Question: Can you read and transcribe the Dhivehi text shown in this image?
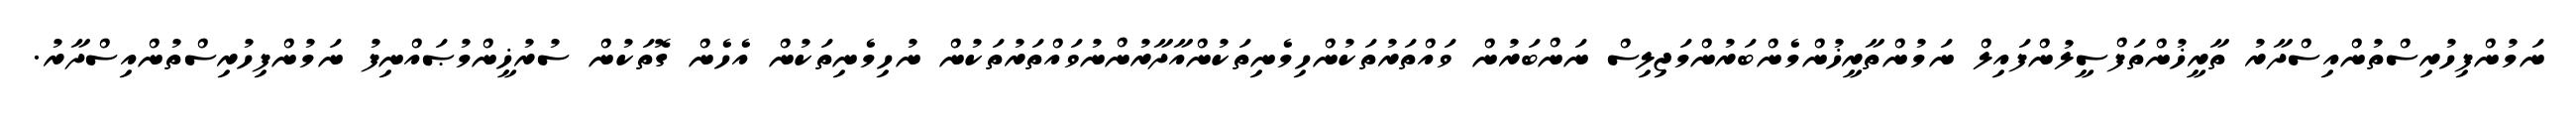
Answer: ނަމުންފިހުރިސްތުންއިސްދާރު ތާރީޚުންތަފްސީލުންފައިލް ނަމުންތާރީޚުންމެންބަރުންމަޖިލިސް ނަންބަރުން ވައްތަރުތަކުންހިމެނިތަކުންއާދާރުންނުވައްތަރުތަކުން ނުހިމެނިތަކުން އެހެން ގޮތަކުން ސުރުޚީންމުޞައްނިފު ނަމުންފިހުރިސްތުންއިސްދާރު.